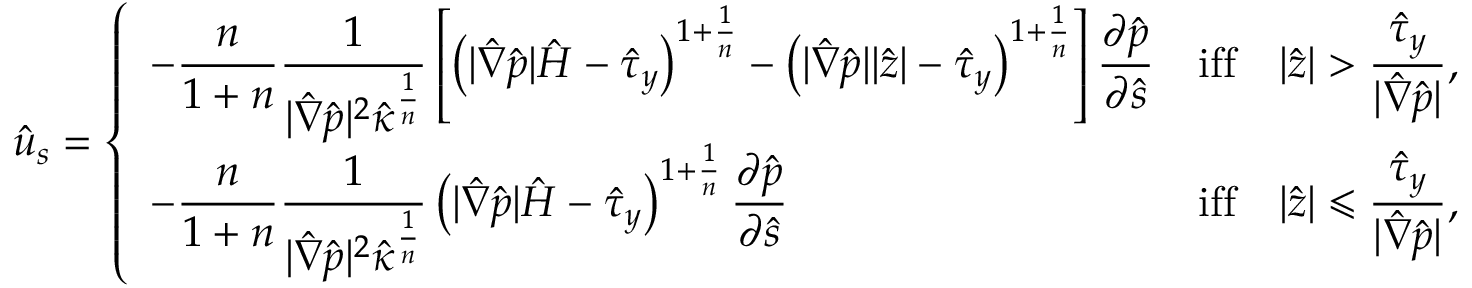
\hat { u } _ { s } = \left\{ \begin{array} { l l } { - \displaystyle \frac { n } { 1 + n } \frac { 1 } { | \hat { \nabla } \hat { p } | ^ { 2 } \hat { \kappa } ^ { \frac { 1 } { n } } } \left[ \left( | \hat { \nabla } \hat { p } | \hat { H } - \hat { \tau } _ { y } \right) ^ { 1 + \frac { 1 } { n } } - \left( | \hat { \nabla } \hat { p } | \vert \hat { z } \vert - \hat { \tau } _ { y } \right) ^ { 1 + \frac { 1 } { n } } \right] \frac { \partial \hat { p } } { \partial \hat { s } } } & { \mathrm { i f f } \quad \vert \hat { z } \vert > \displaystyle \frac { \hat { \tau } _ { y } } { | \hat { \nabla } \hat { p } | } , } \\ { \displaystyle - \frac { n } { 1 + n } \frac { 1 } { | \hat { \nabla } \hat { p } | ^ { 2 } \hat { \kappa } ^ { \frac { 1 } { n } } } \left( | \hat { \nabla } \hat { p } | \hat { H } - \hat { \tau } _ { y } \right) ^ { 1 + \frac { 1 } { n } } \frac { \partial \hat { p } } { \partial \hat { s } } } & { \mathrm { i f f } \quad \vert \hat { z } \vert \leqslant \displaystyle \frac { \hat { \tau } _ { y } } { | \hat { \nabla } \hat { p } | } , } \end{array} \right.